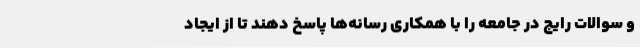
و سوالات رایج در جامعه را با همکاری رسانه‌ها پاسخ دهند تا از ایجاد